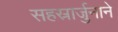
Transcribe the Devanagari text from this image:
सहस्रार्जुनाने